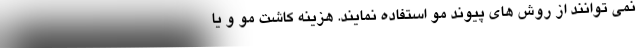
نمی توانند از روش های پیوند مو استفاده نمایند. هزینه کاشت مو و یا